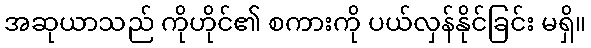
အဆုယာသည် ကိုဟိုင်၏ စကားကို ပယ်လှန်နိုင်ခြင်း မရှိ။